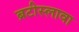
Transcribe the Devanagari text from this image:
ब्रटीस्लावा